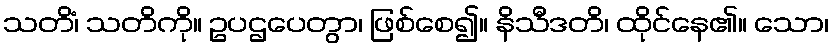
သတိံ၊ သတိကို။ ဥပဌပေတွာ၊ ဖြစ်စေ၍။ နိသီဒတိ၊ ထိုင်နေ၏။ သော၊